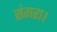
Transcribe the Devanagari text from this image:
संगरा।